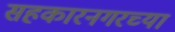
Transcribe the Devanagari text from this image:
सहकारनगरच्या